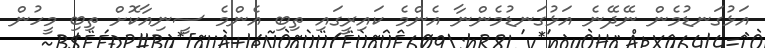
އަޅުގަނޑުމެން ނޭދޭނެ އަޅުގަނޑުމެންނާ އެންމެ ކައިރީގައި ތިބި އެންމެ ސީނިއާކޮށް ތިބި މީހުން